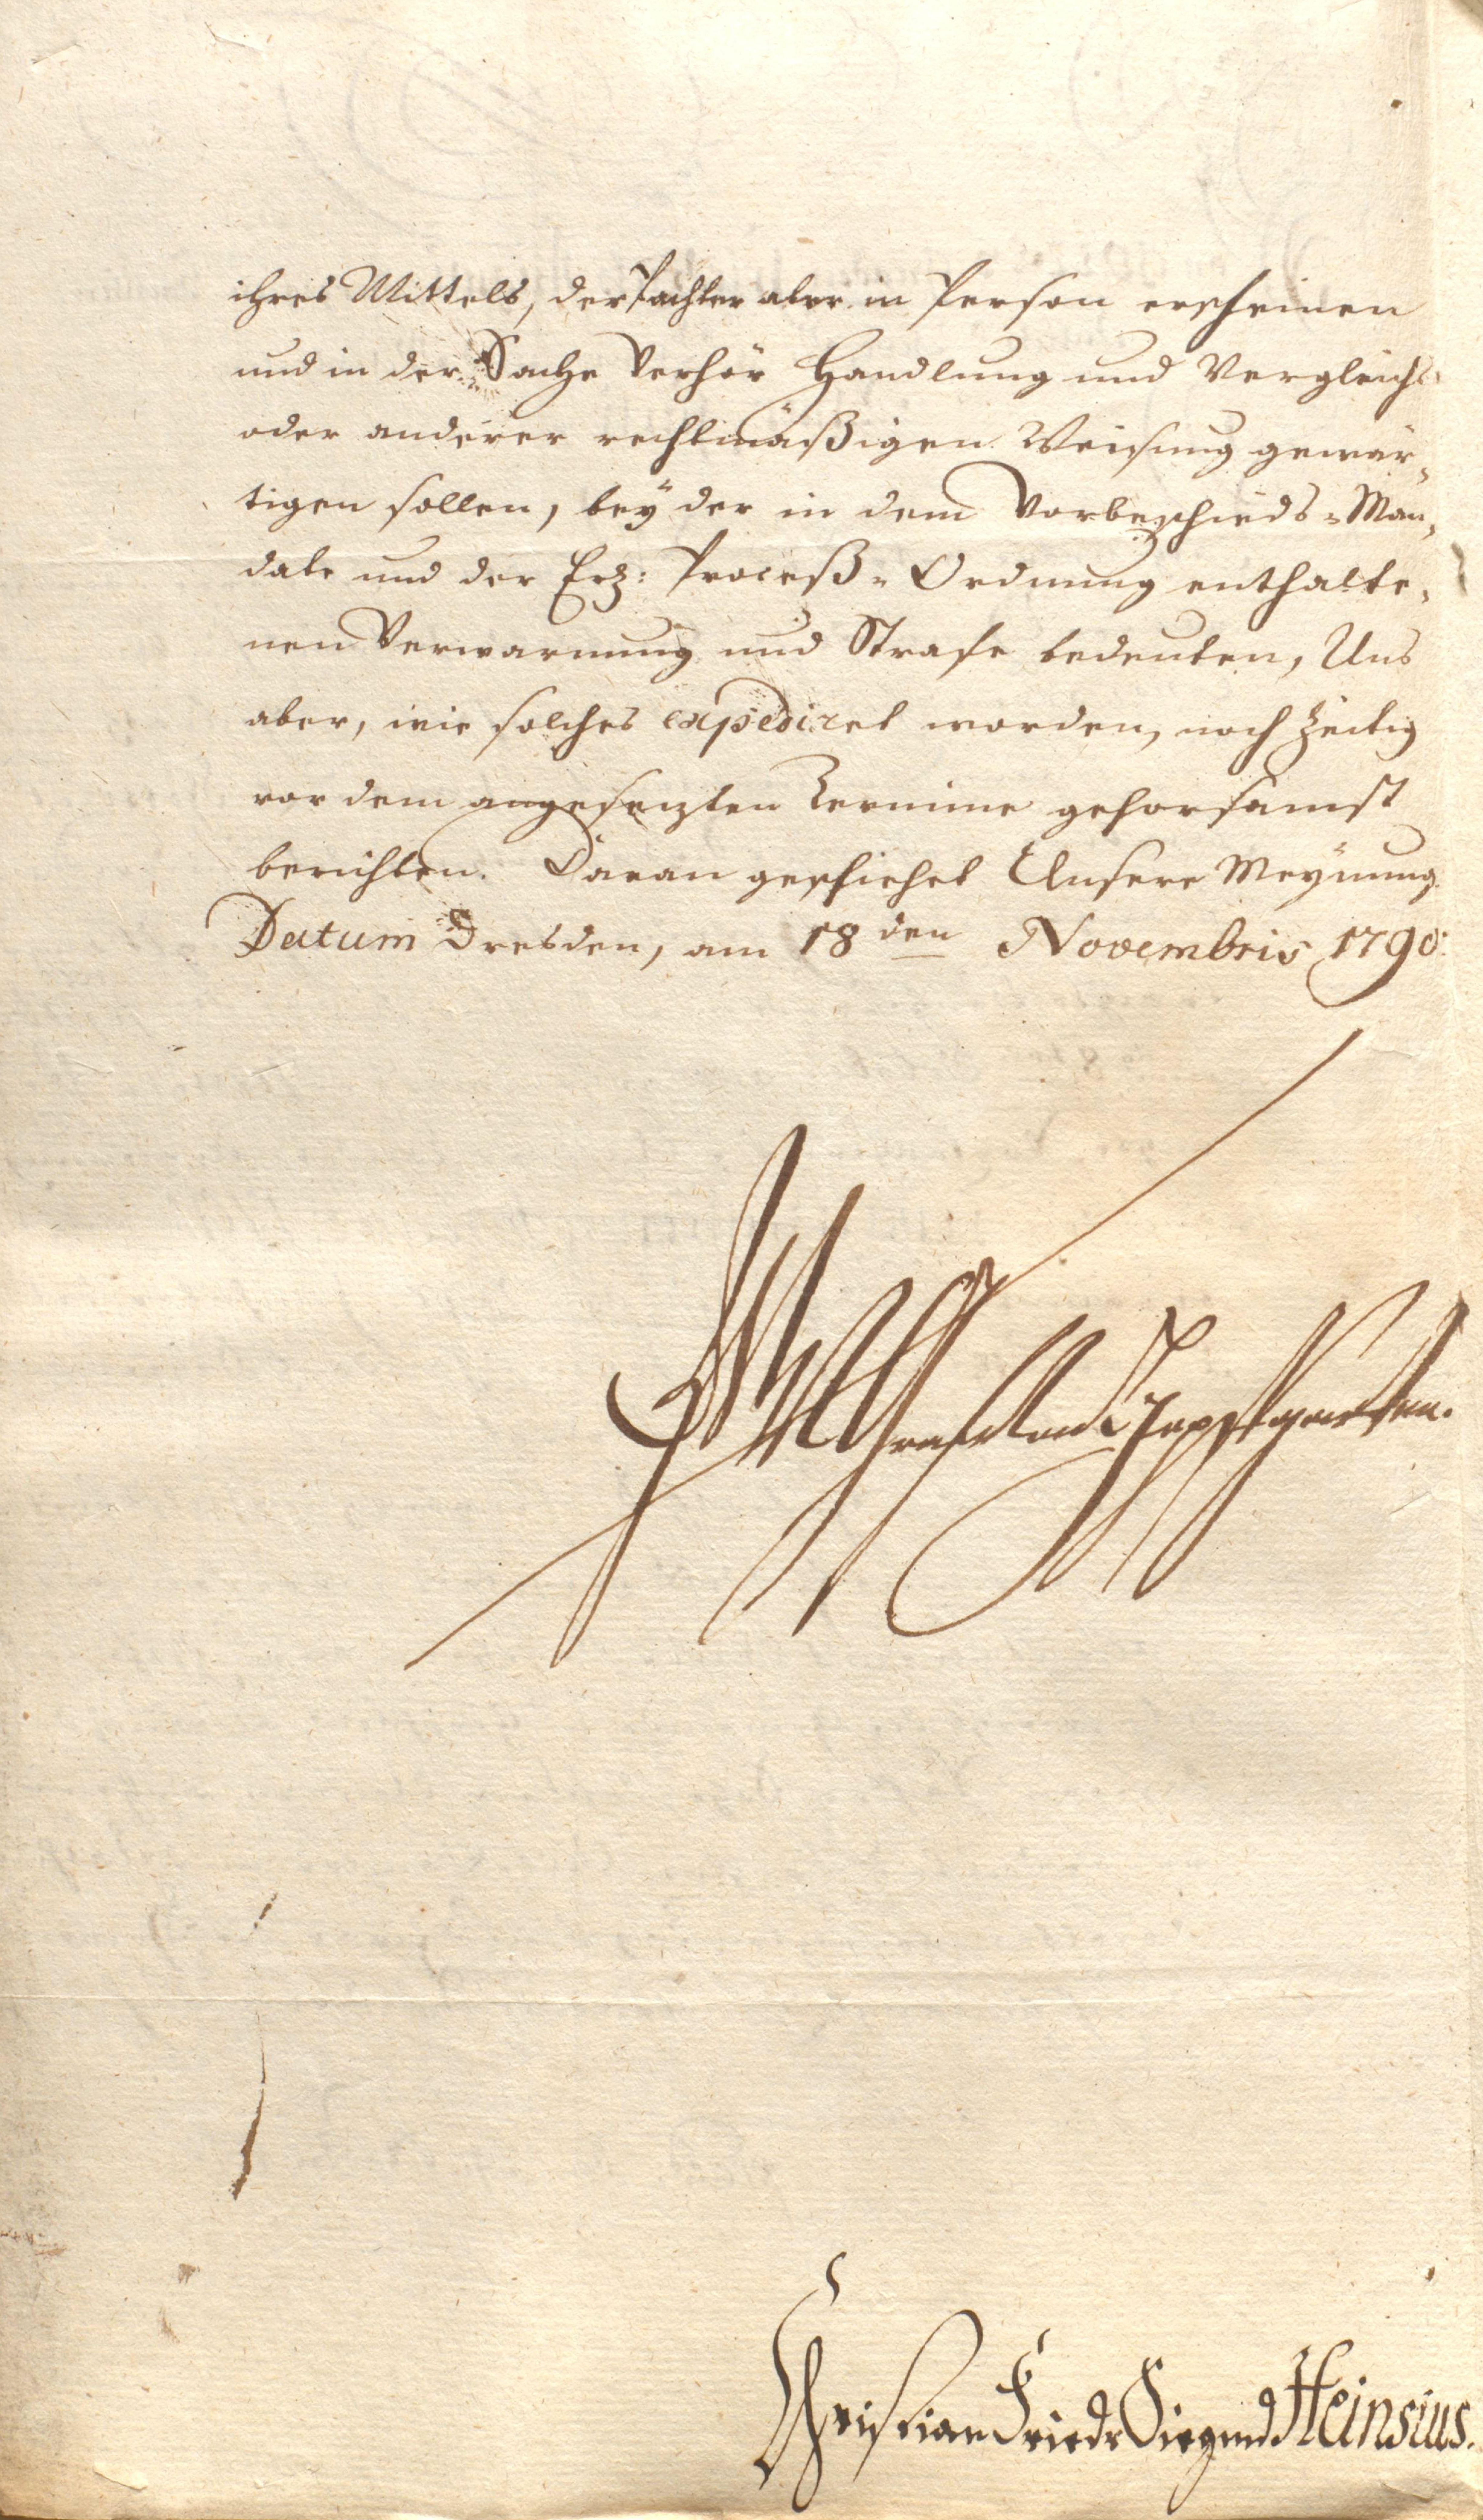
ihres Mittels, der Pachter aber in Person erscheinen
und in der Sache Verhör Handlung und Vergleichs
oder anderer rechtmäßigen Weisung gewär¬
tigen sollen, bey der in dem Vorbeschieds-Man¬
date und der Erz-Prozeß-Ordnung enthalte¬
nen Verwarnung und Strafe bedeuten, Uns
aber wie solches expediret worden, noch zeitig
vor dem angesezten Termine gehorsamst
berichten. Daran geschiehet Unserer Meynung
Datum Dresden, am 18 den Novembris 1790.
xxx

Christian Friedr Siegmd Heinsius.